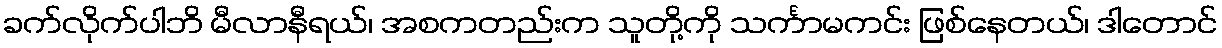
ခက်လိုက်ပါဘိ မီလာနီရယ်၊ အစကတည်းက သူတို့ကို သင်္ကာမကင်း ဖြစ်နေတယ်၊ ဒါတောင်